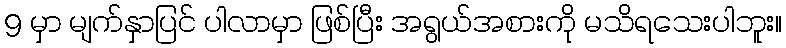
9 မှာ မျက်နှာပြင် ပါလာမှာ ဖြစ်ပြီး အရွယ်အစားကို မသိရသေးပါဘူး။